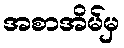
အစာအိမ်မှ